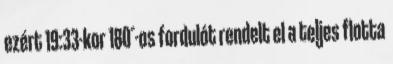
ezért 19:33-kor 180°-os fordulót rendelt el a teljes flotta